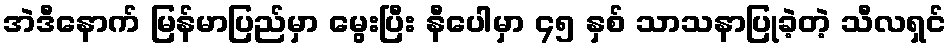
အဲဒီနောက် မြန်မာပြည်မှာ မွေးပြီး နီပေါမှာ ၄၅ နှစ် သာသနာပြုခဲ့တဲ့ သီလရှင်